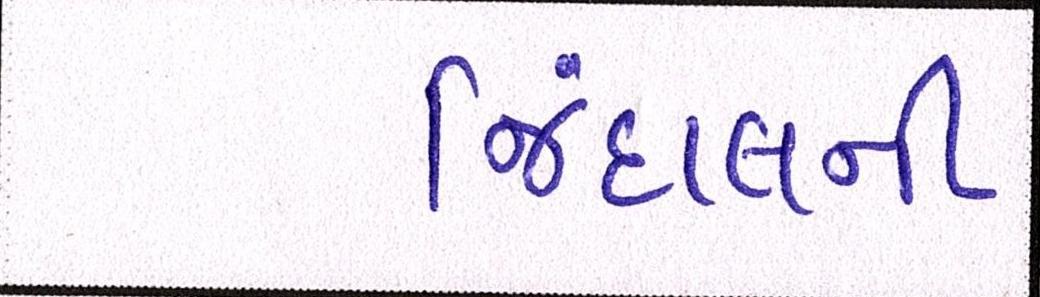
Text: જિંદાલની